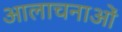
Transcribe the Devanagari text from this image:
आलाचनाओं